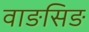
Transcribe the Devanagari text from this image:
वाङसिङ